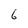
Character: 6